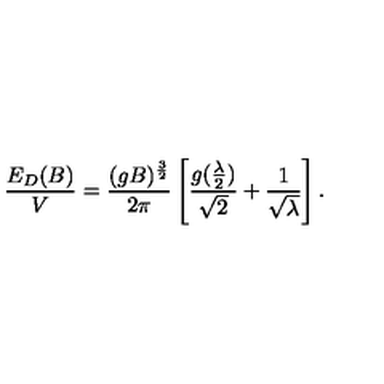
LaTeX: \frac { E _ { D } ( B ) } { V } = \frac { ( g B ) ^ { \frac { 3 } { 2 } } } { 2 \pi } \left[ \frac { g ( \frac { \lambda } { 2 } ) } { \sqrt { 2 } } + \frac { 1 } { \sqrt { \lambda } } \right] .